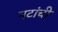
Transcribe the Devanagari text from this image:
नटांची